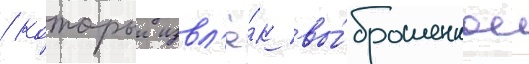
/ которыи извл'ё́к вы́брошенное